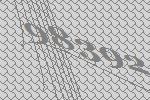
98392